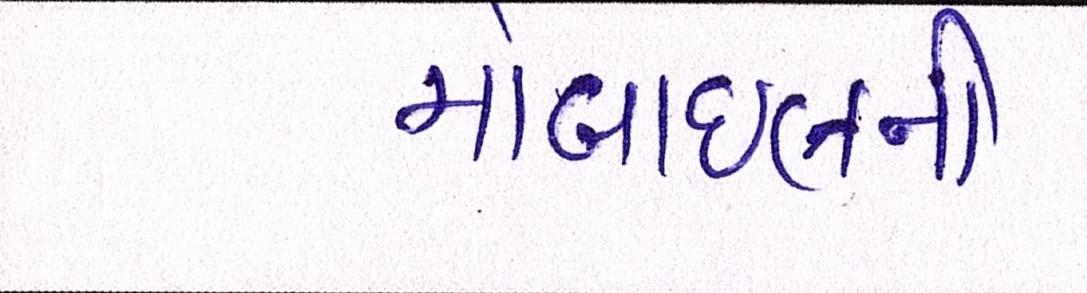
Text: મોબાઈલની